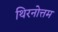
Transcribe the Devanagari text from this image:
थिरनोत्तम